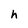
Character: h